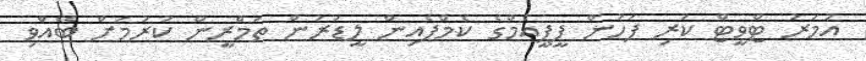
އުމަރު ޓްވީޓް ކުރި ފަހުން ޕީޕީއެމްގެ ކެމްޕެއިން ލީޑަރުން ތަމްރީން ކުރުމަށް ބޭއްވި